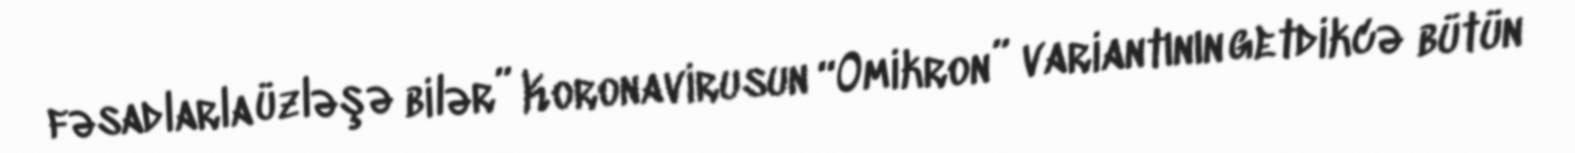
fəsadlarla üzləşə bilər” Koronavirusun “Omikron” variantının getdikcə bütün